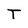
Character: T